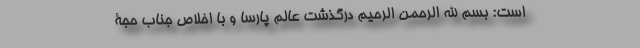
است: بسم الله الرحمن الرحیم درگذشت عالم پارسا و با اخلاص جناب حجة